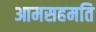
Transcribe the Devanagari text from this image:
आमसहमति